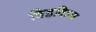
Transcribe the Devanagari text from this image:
बिडविल्स